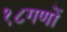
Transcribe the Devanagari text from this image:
१८गणों